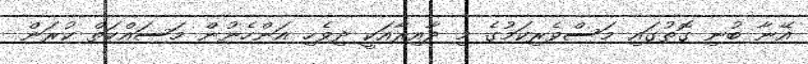
އޭނާ ބުނި ގޮތުގައި މަސްވެރިކަމުގެ މި ދާއިރާއަކީ ދިވެހި އަންހެނުން މަސައްކަތް ކުރަން